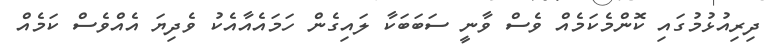
ދިރިއުޅުމުގައި ކޮންމެކަމެއް ވެސް ވާނީ ސަބަބަކާ ލައިގެން ހަމައެއާއެކު ވެދިޔަ އެއްވެސް ކަމެއް